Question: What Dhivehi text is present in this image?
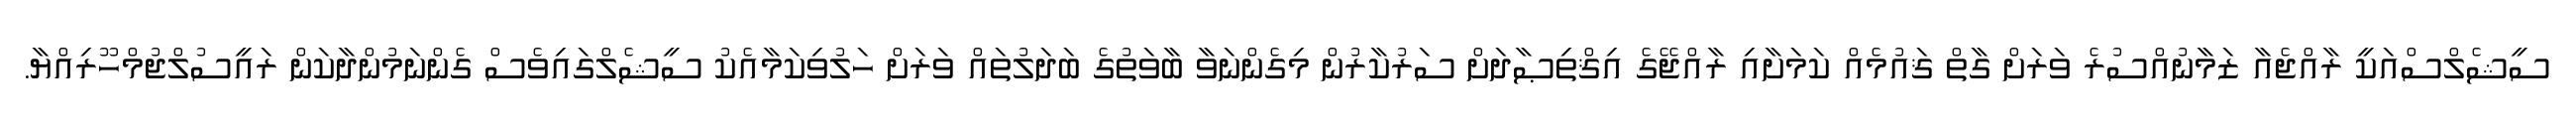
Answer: ސީޝެލްސްއަކީ ރާއްޖެއާ ޒަމާނުއްސުރެ ވަރަށް ގާތް ޤައުމެއް ކަމަށާއި ރާއްޖޭގެ އިޤްތިޞާދަށް ސަރުކާރުން މިގެންނަވާ ބާވަތުގެ ބަދަލުތައް ވަރަށް ހަލުވިކަމާއެކު ސީޝެލްގައިވެސް ގެންނަމުންދާކަން ރައީސުލްޖުމްހޫރިއްޔާ.